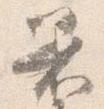
着